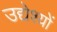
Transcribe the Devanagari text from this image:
उद्येश्यों